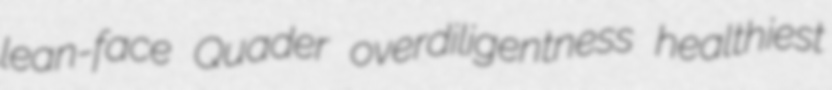
lean-face Quader overdiligentness healthiest